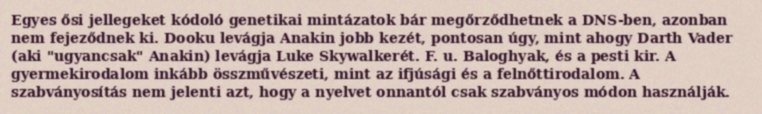
Egyes ősi jellegeket kódoló genetikai mintázatok bár megőrződhetnek a DNS-ben, azonban nem fejeződnek ki. Dooku levágja Anakin jobb kezét, pontosan úgy, mint ahogy Darth Vader (aki "ugyancsak" Anakin) levágja Luke Skywalkerét. F. u. Baloghyak, és a pesti kir. A gyermekirodalom inkább összművészeti, mint az ifjúsági és a felnőttirodalom. A szabványosítás nem jelenti azt, hogy a nyelvet onnantól csak szabványos módon használják.